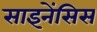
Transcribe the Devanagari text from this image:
साइनेंसिस